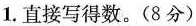
1. 直接写得数。(8分)